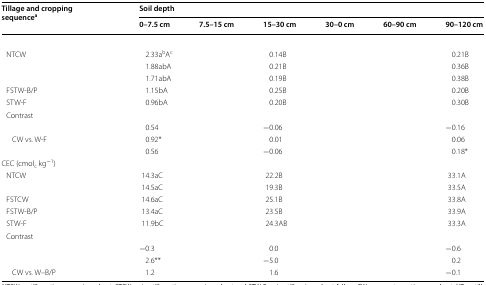
<table><thead><tr><td rowspan="2"><b>Tillage and cropping sequence<sup>a</sup></b></td><td colspan="6"><b>Soil depth</b></td></tr><tr><td><b>0–7.5 cm</b></td><td><b>7.5–15 cm</b></td><td><b>15–30 cm</b></td><td><b>30–0 cm</b></td><td><b>60–90 cm</b></td><td><b>90–120 cm</b></td></tr></thead><tbody><tr><td colspan="7">[EMPTY_CELL]</td></tr><tr><td> NTCW</td><td>2.33a<sup>b</sup>A<sup>c</sup></td><td>[EMPTY_CELL]</td><td>0.14B</td><td>[EMPTY_CELL]</td><td>[EMPTY_CELL]</td><td>0.21B</td></tr><tr><td>[EMPTY_CELL]</td><td>1.88abA</td><td>[EMPTY_CELL]</td><td>0.21B</td><td>[EMPTY_CELL]</td><td>[EMPTY_CELL]</td><td>0.36B</td></tr><tr><td>[EMPTY_CELL]</td><td>1.71abA</td><td>[EMPTY_CELL]</td><td>0.19B</td><td>[EMPTY_CELL]</td><td>[EMPTY_CELL]</td><td>0.38B</td></tr><tr><td> FSTW-B/P</td><td>1.15bA</td><td>[EMPTY_CELL]</td><td>0.25B</td><td>[EMPTY_CELL]</td><td>[EMPTY_CELL]</td><td>0.20B</td></tr><tr><td> STW-F</td><td>0.96bA</td><td>[EMPTY_CELL]</td><td>0.20B</td><td>[EMPTY_CELL]</td><td>[EMPTY_CELL]</td><td>0.30B</td></tr><tr><td colspan="7"> Contrast</td></tr><tr><td>[EMPTY_CELL]</td><td>0.54</td><td>[EMPTY_CELL]</td><td>−0.06</td><td>[EMPTY_CELL]</td><td>[EMPTY_CELL]</td><td>−0.16</td></tr><tr><td>CW vs. W-F</td><td>0.92*</td><td>[EMPTY_CELL]</td><td>0.01</td><td>[EMPTY_CELL]</td><td>[EMPTY_CELL]</td><td>0.06</td></tr><tr><td>[EMPTY_CELL]</td><td>0.56</td><td>[EMPTY_CELL]</td><td>−0.06</td><td>[EMPTY_CELL]</td><td>[EMPTY_CELL]</td><td>0.18*</td></tr><tr><td colspan="7">CEC (cmol<sub>c</sub> kg<sup>−1</sup>)</td></tr><tr><td> NTCW</td><td>14.3aC</td><td>[EMPTY_CELL]</td><td>22.2B</td><td>[EMPTY_CELL]</td><td>[EMPTY_CELL]</td><td>33.1A</td></tr><tr><td>[EMPTY_CELL]</td><td>14.5aC</td><td>[EMPTY_CELL]</td><td>19.3B</td><td>[EMPTY_CELL]</td><td>[EMPTY_CELL]</td><td>33.5A</td></tr><tr><td> FSTCW</td><td>14.6aC</td><td>[EMPTY_CELL]</td><td>25.1B</td><td>[EMPTY_CELL]</td><td>[EMPTY_CELL]</td><td>33.8A</td></tr><tr><td> FSTW-B/P</td><td>13.4aC</td><td>[EMPTY_CELL]</td><td>23.5B</td><td>[EMPTY_CELL]</td><td>[EMPTY_CELL]</td><td>33.9A</td></tr><tr><td> STW-F</td><td>11.9bC</td><td>[EMPTY_CELL]</td><td>24.3AB</td><td>[EMPTY_CELL]</td><td>[EMPTY_CELL]</td><td>33.3A</td></tr><tr><td colspan="7"> Contrast</td></tr><tr><td>[EMPTY_CELL]</td><td>−0.3</td><td>[EMPTY_CELL]</td><td>0.0</td><td>[EMPTY_CELL]</td><td>[EMPTY_CELL]</td><td>−0.6</td></tr><tr><td>[EMPTY_CELL]</td><td>2.6**</td><td>[EMPTY_CELL]</td><td>−5.0</td><td>[EMPTY_CELL]</td><td>[EMPTY_CELL]</td><td>0.2</td></tr><tr><td>CW vs. W–B/P</td><td>1.2</td><td>[EMPTY_CELL]</td><td>1.6</td><td>[EMPTY_CELL]</td><td>[EMPTY_CELL]</td><td>−0.1</td></tr></tbody></table>